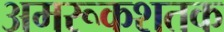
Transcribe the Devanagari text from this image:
अमरूकशतक